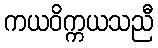
ကယဝိက္ကယသညီ